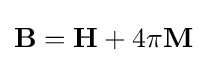
\mathbf {B} =\mathbf {H} +4\pi \mathbf {M}